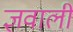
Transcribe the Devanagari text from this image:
ज्ञवाली